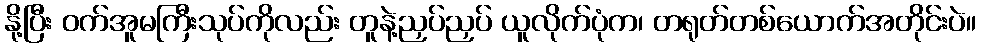
နို့ပြီး ဝက်အူမကြီးသုပ်ကိုလည်း တူနဲ့ညှပ်ညှပ် ယူလိုက်ပုံက၊ တရုတ်တစ်ယောက်အတိုင်းပဲ။